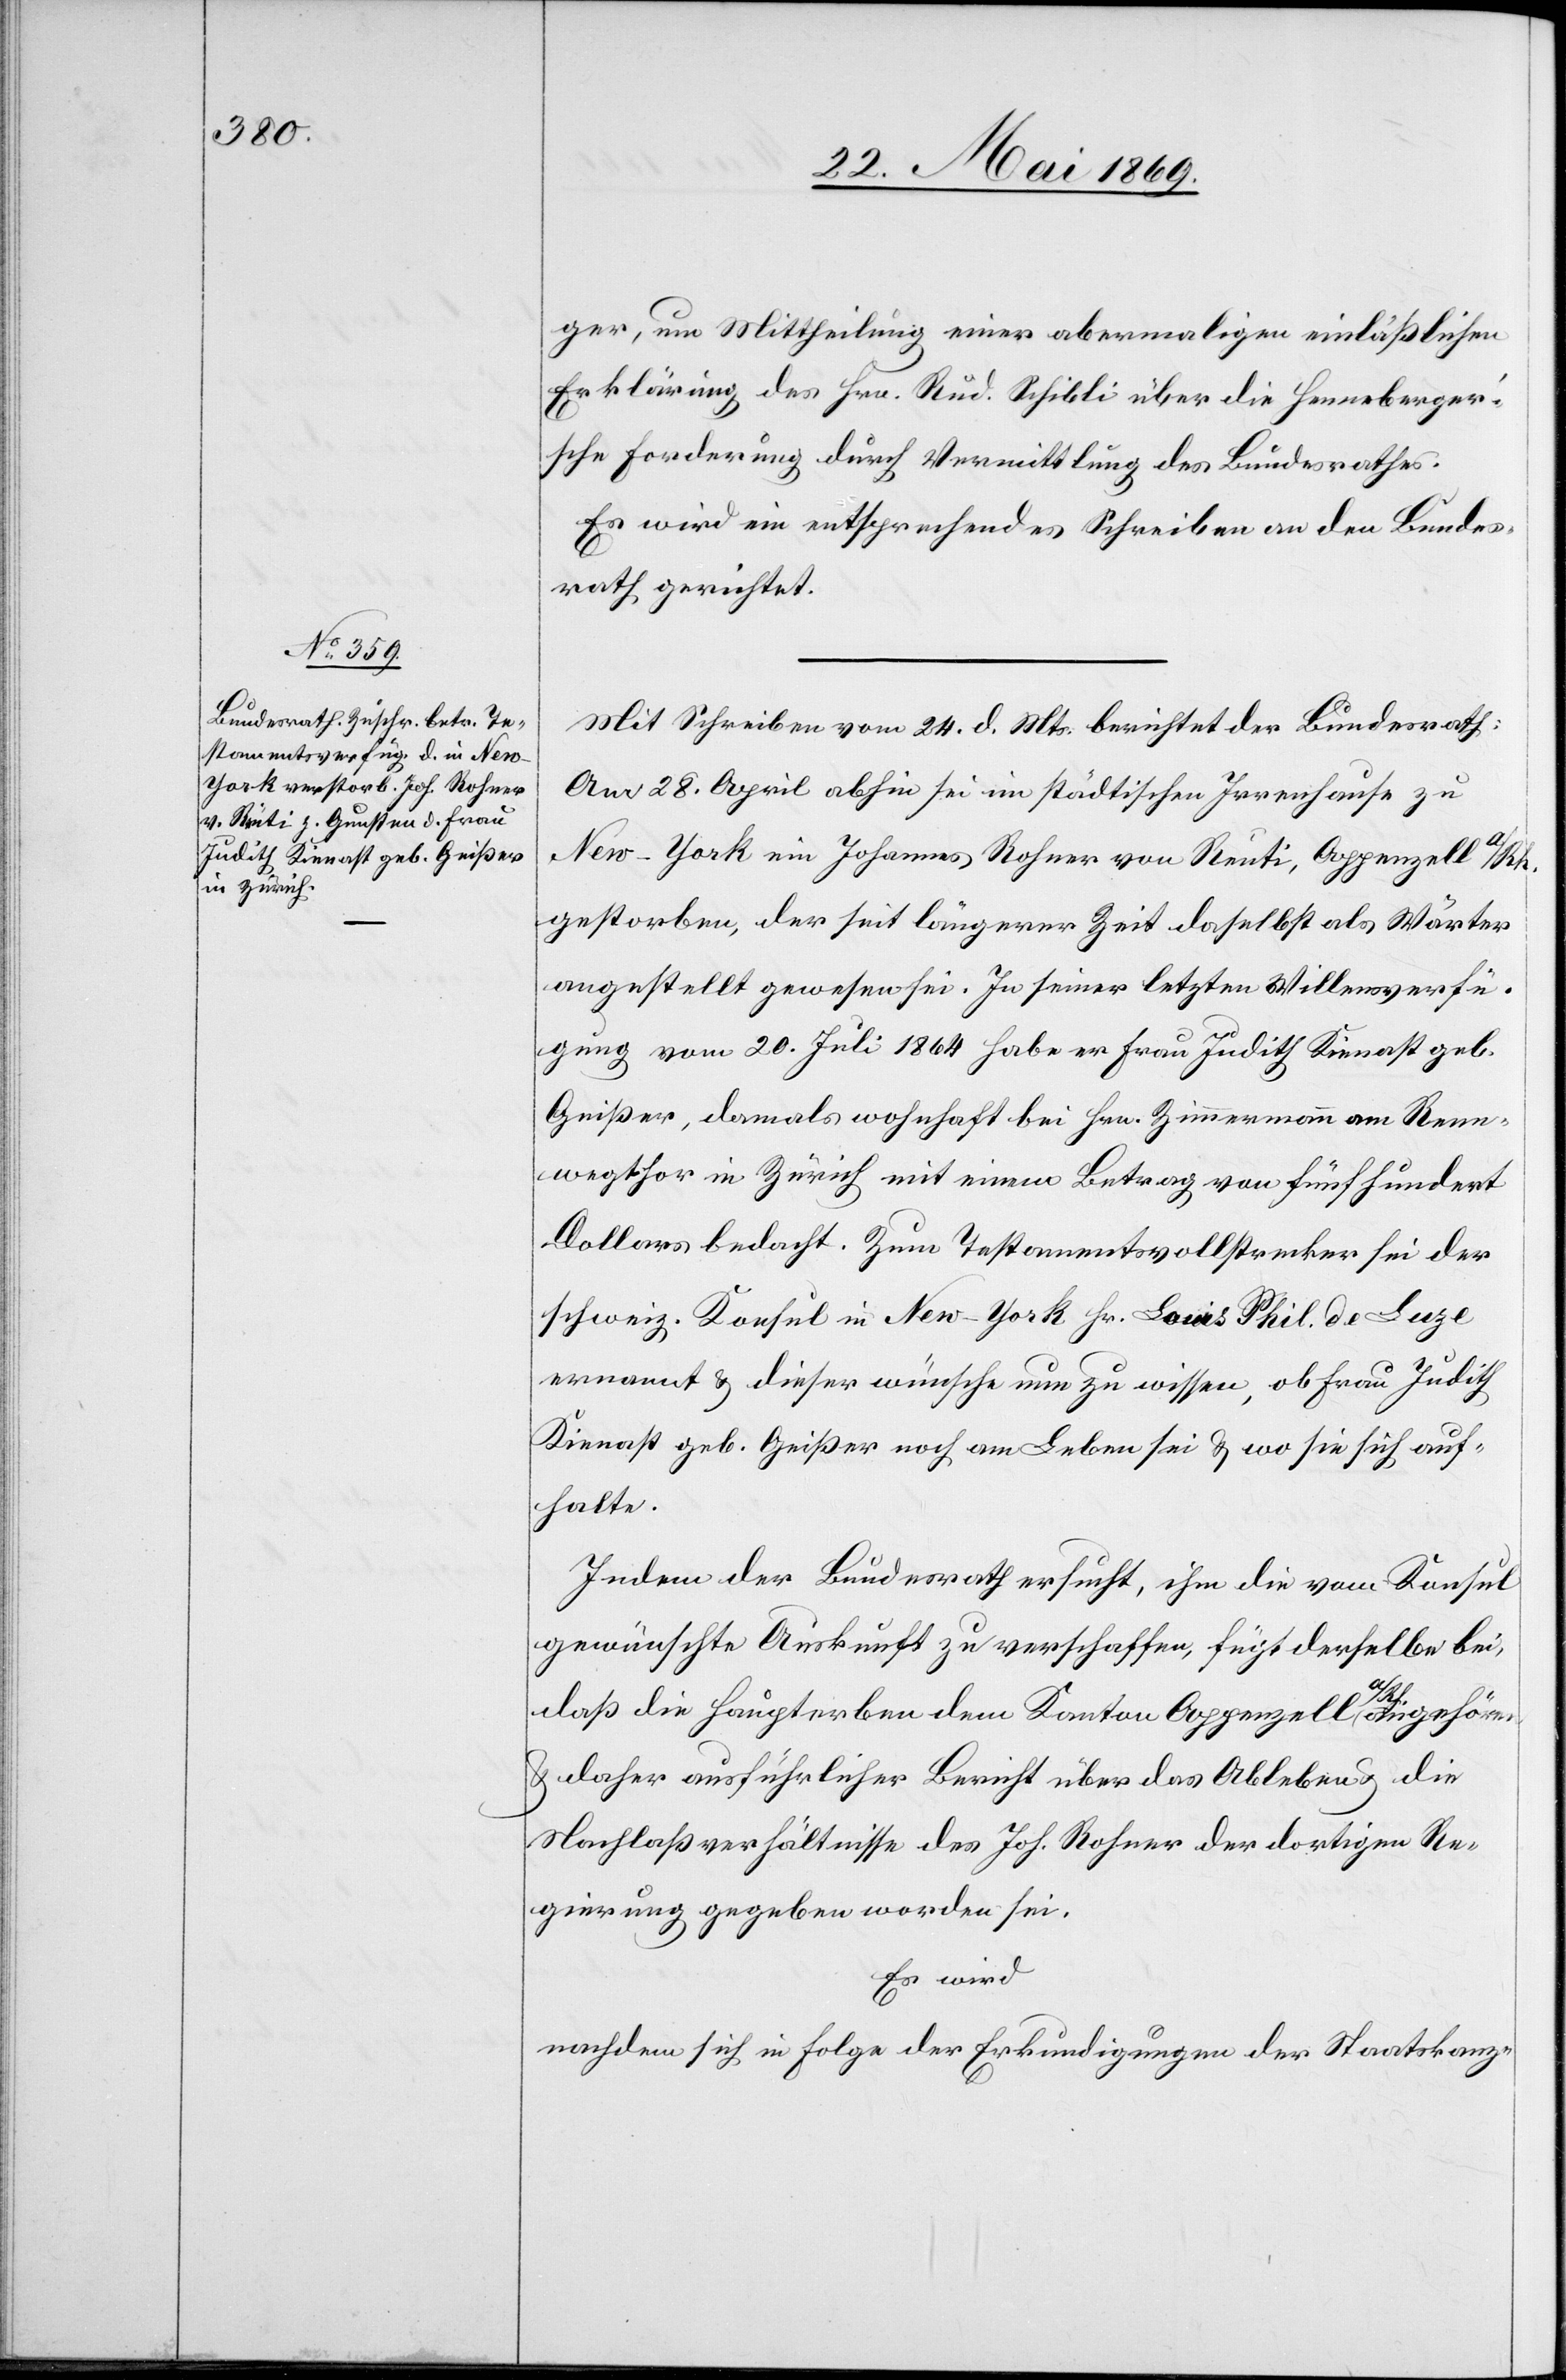
27. Mai 1869.]
ger, um Mittheilung einer abermaligen einläßlichen
Erklärung, des Hrn. Rud. Schibli über die Henneberger’s¬
che Forderung durch Vermittlung des Bundesrathes.
Es wird ein entsprechendes Schreiben an den Bundes¬
rath gerichtet.
Mit Schreiben vom 24. d. Mts. berichtet der Bundesrath:
Am 28. April abhin sei im städtischen Irrenhause zu
New-York ein Johannes Rohner von Reuti, Appenzell a/Rh.
gestorben, der seit längerer Zeit daselbst als Wärter
angestellt gewesen sei. In seiner letzten Willensverfü¬
gung vom 20. Juli 1864 habe er Frau Judith Kienast geb.
Geißer, damals wohnhaft bei Hrn. Zimmermann am Renn¬
wegthor in Zürich mit einem Betrag von fünfhundert
Dollars bedacht. Zum Testamentsvollstrecker sei der
schweiz. Konsul in New-York Hr. Louis Phil de Luze
ernannt u. dieser wünsche nun zu wissen, ob Frau Judith
Kienast geb. Geißer noch am Leben sei u. wo sie sich auf¬
halte.
Indem der Bundesrath ersucht, ihm die vom Konsul
gewünschte Auskunft zu verschaffen fügt derselbe bei,
daß die Haupterben dem Kanton Appenzell a./Rh.
u. daher ausführlicher Bericht über das Ableben u. die
Nachlaßverhältnisse des Joh. Rohner der dortigen Re¬
gierung gegeben worden sei.
Es wird
nachdem sich in Folge der Erkundigungen der Staatskanz-